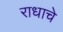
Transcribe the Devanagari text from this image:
राधाचे